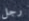
رجل